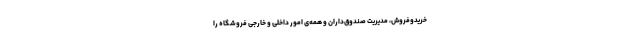
خریدوفروش، مدیریت صندوق‌داران و همه‌ی امور داخلی و خارجی فروشگاه را